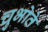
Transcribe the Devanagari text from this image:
चुभोते